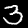
Digit: 3